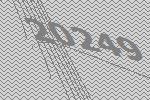
20249